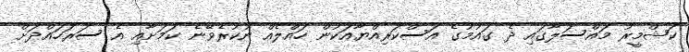
ކަޝްމީރު މައްސަލާގައި ދެ ގައުމުގެ އަސްކަރިއްޔާއަކުން ހައްލެއް ނުކުރެވޭނެ ކަމަށާއި އެ ސަރަހައްދަށް